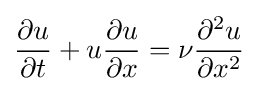
{\frac {\partial u}{\partial t}}+u{\frac {\partial u}{\partial x}}=\nu {\frac {\partial ^{2}u}{\partial x^{2}}}